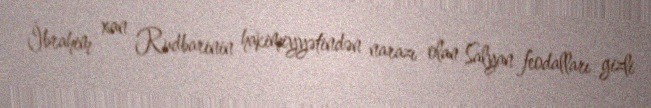
İbrahim xan Rudbarinin hakimiyyətindən narazı olan Salyan feodalları gizli